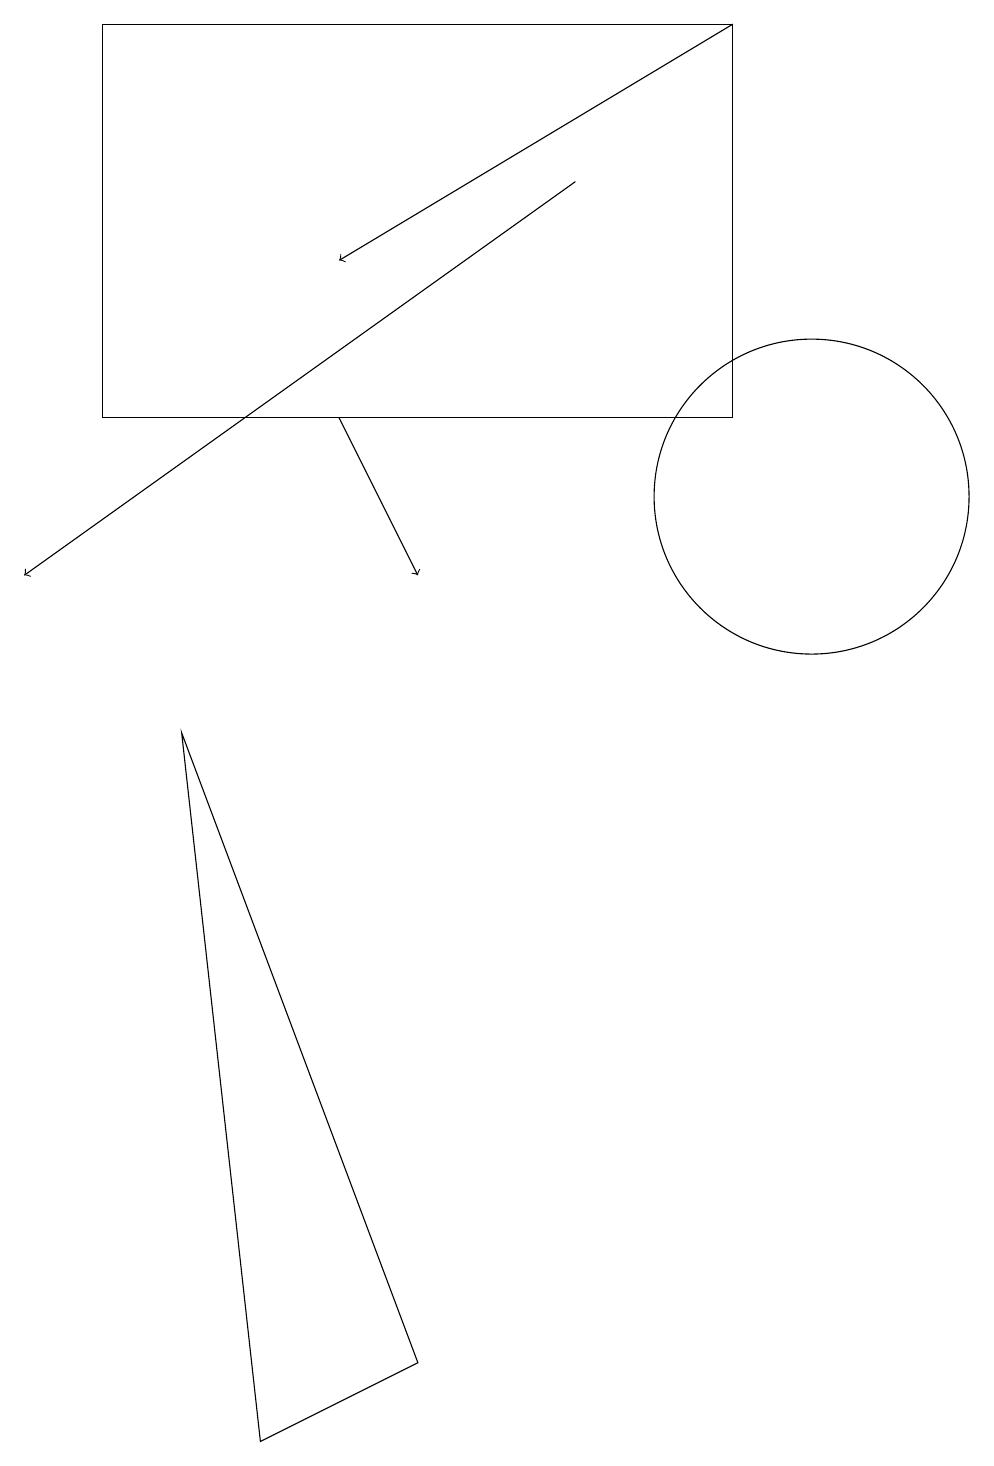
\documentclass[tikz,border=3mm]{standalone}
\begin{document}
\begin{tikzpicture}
\draw (2,9) -- (5,1) -- (3,0) -- cycle;
\draw (10,12) circle (2);
\draw[->] (9,18) -- (4,15);
\draw (1,13) rectangle (9,18);
\draw[->] (7,16) -- (0,11);
\draw[->] (4,13) -- (5,11);
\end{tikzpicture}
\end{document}